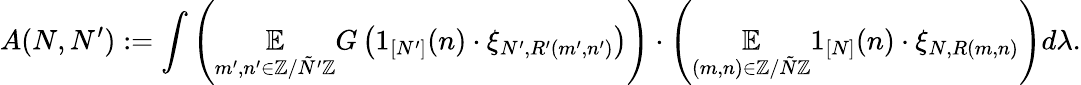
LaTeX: A(N,N^{\prime}):=\int\left(\underset{m^{\prime},n^{\prime}\in\mathbb{Z}/\tilde{N}^{\prime}\mathbb{Z}}{\mathbb{E}}G\left(1_{[N^{\prime}]}(n)\cdot\xi_{N^{\prime},R^{\prime}(m^{\prime},n^{\prime})}\right)\right)\cdot\left(\underset{(m,n)\in\mathbb{Z}/\tilde{N}\mathbb{Z}}{\mathbb{E}}1_{[N]}(n)\cdot\xi_{N,R(m,n)}\right)d\lambda.